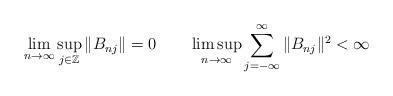
LaTeX: \begin{align*}\lim_{n\to\infty}\sup_{j\in\mathbb Z}\|B_{nj}\|=0\quad\quad\limsup_{n\to\infty}\sum_{j=-\infty}^\infty\|B_{nj}\|^2<\infty\end{align*}